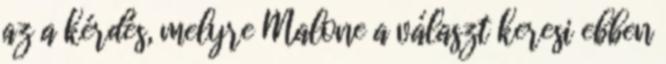
az a kérdés, melyre Malone a választ keresi ebben